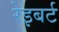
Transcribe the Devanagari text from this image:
रेइबर्ट